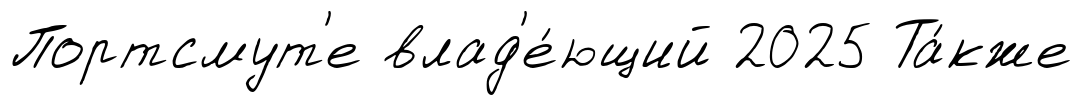
Портсмут'е влад'е́ющий 2025 Та́кже